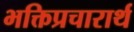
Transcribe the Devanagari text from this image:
भक्तिप्रचारार्थ